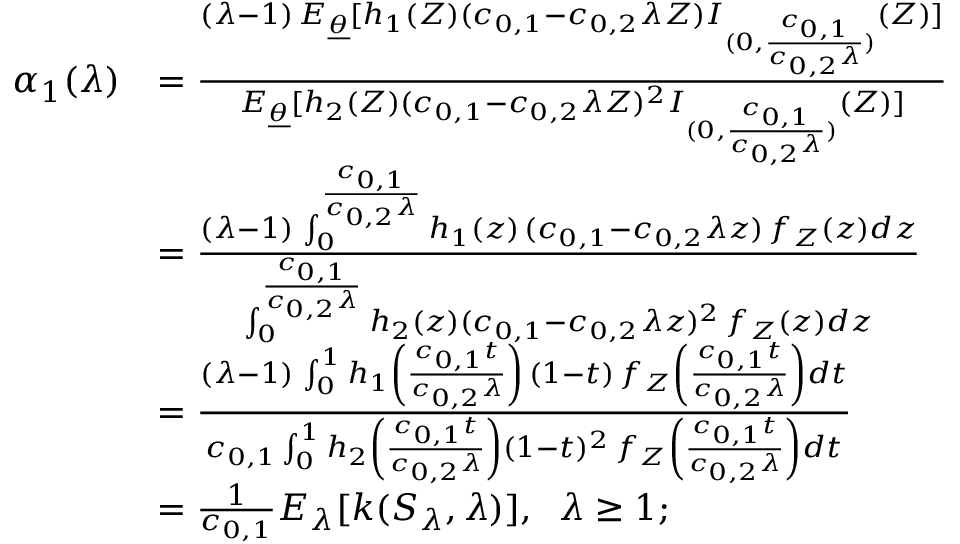
\begin{array} { r l } { \alpha _ { 1 } ( \lambda ) } & { = \frac { ( \lambda - 1 ) \, E _ { \underline { { \theta } } } [ h _ { 1 } ( Z ) ( c _ { 0 , 1 } - c _ { 0 , 2 } \lambda Z ) I _ { ( 0 , \frac { c _ { 0 , 1 } } { c _ { 0 , 2 } \lambda } ) } ( Z ) ] } { E _ { \underline { { \theta } } } [ h _ { 2 } ( Z ) ( c _ { 0 , 1 } - c _ { 0 , 2 } \lambda Z ) ^ { 2 } I _ { ( 0 , \frac { c _ { 0 , 1 } } { c _ { 0 , 2 } \lambda } ) } ( Z ) ] } \qquad \qquad } \\ & { = \frac { ( \lambda - 1 ) \, \int _ { 0 } ^ { \frac { c _ { 0 , 1 } } { c _ { 0 , 2 } \lambda } } h _ { 1 } ( z ) \, ( c _ { 0 , 1 } - c _ { 0 , 2 } \lambda z ) \, f _ { Z } \left( z \right) d z } { \int _ { 0 } ^ { \frac { c _ { 0 , 1 } } { c _ { 0 , 2 } \lambda } } h _ { 2 } \left( z \right) ( c _ { 0 , 1 } - c _ { 0 , 2 } \lambda z ) ^ { 2 } \, f _ { Z } \left( z \right) d z } } \\ & { = \frac { ( \lambda - 1 ) \, \int _ { 0 } ^ { 1 } h _ { 1 } \left( \frac { c _ { 0 , 1 } t } { c _ { 0 , 2 } \lambda } \right) \, ( 1 - t ) \, f _ { Z } \left( \frac { c _ { 0 , 1 } t } { c _ { 0 , 2 } \lambda } \right) d t } { c _ { 0 , 1 } \int _ { 0 } ^ { 1 } h _ { 2 } \left( \frac { c _ { 0 , 1 } t } { c _ { 0 , 2 } \lambda } \right) ( 1 - t ) ^ { 2 } \, f _ { Z } \left( \frac { c _ { 0 , 1 } t } { c _ { 0 , 2 } \lambda } \right) d t } } \\ & { = \frac { 1 } { c _ { 0 , 1 } } E _ { \lambda } [ k ( S _ { \lambda } , \lambda ) ] , \; \; \lambda \geq 1 ; } \end{array}